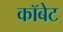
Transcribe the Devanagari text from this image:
कॉबेट